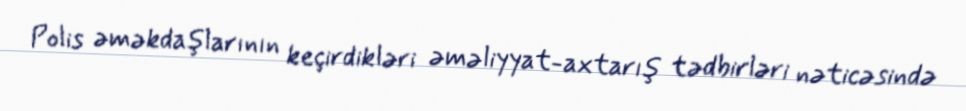
Polis əməkdaşlarının keçirdikləri əməliyyat-axtarış tədbirləri nəticəsində